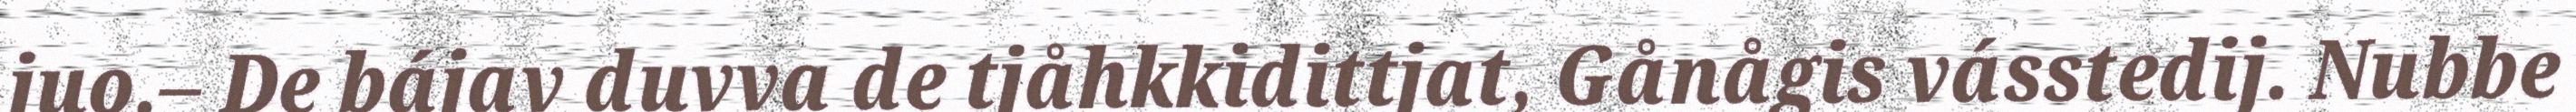
juo.– De bájav duvva de tjåhkkidittjat, Gånågis vásstedij. Nubbe